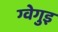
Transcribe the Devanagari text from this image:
ग्वेगुइ